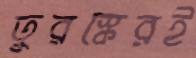
তুরস্কেরই